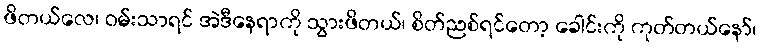
ဖိတယ်လေ၊ ဝမ်းသာရင် အဲဒီနေရာကို သွားဖိတယ်၊ စိတ်ညစ်ရင်တော့ ခေါင်းကို ကုတ်တယ်နော်၊